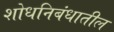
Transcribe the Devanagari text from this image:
शोधनिबंधातील